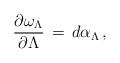
LaTeX: \begin{align*}\frac{\partial\omega_\Lambda}{\partial\Lambda}\,=\,d\alpha_\Lambda\,, \end{align*}